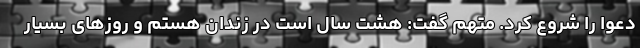
دعوا را شروع کرد. متهم گفت: هشت سال است در زندان هستم و روز‌های بسیار